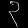
Digit: ၃